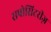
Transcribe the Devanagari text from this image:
सपोसिटरीज़